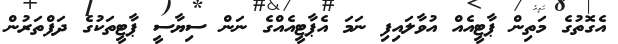
އެގޮތުގެ މަތިން ޕާޓީއެއް އުވާލައިފި ނަމަ އެޕާޓީއެއްގެ ނަން ސިޔާސީ ޕާޓީތަކުގެ ދަފްތަރުން